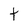
Character: t